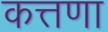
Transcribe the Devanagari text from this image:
कत्तणा